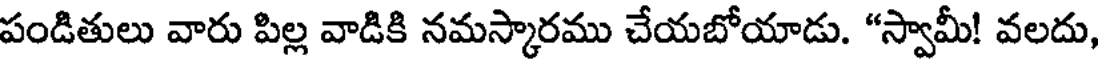
పండితులు వారు పిల్ల వాడికి నమస్కారము చేయబోయాడు. "స్వామీ! వలదు,